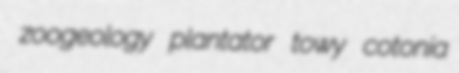
zoogeology plantator towy cotonia